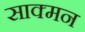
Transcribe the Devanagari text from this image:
साक्मन